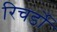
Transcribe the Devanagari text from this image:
रिचर्डो